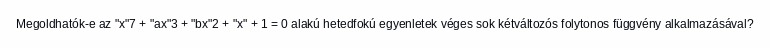
Megoldhatók-e az "x"7 + "ax"3 + "bx"2 + "x" + 1 = 0 alakú hetedfokú egyenletek véges sok kétváltozós folytonos függvény alkalmazásával?